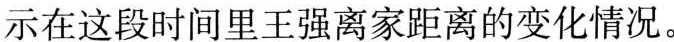
示在这段时间里王强离家距离的变化情况。